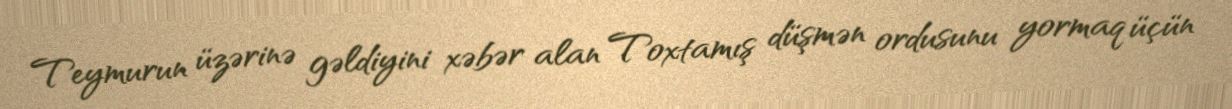
Teymurun üzərinə gəldiyini xəbər alan Toxtamış düşmən ordusunu yormaq üçün